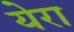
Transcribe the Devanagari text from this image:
येरा